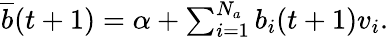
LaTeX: \begin{array}{r}{\overline{{b}}(t+1)=\alpha+\sum_{i=1}^{N_{a}}b_{i}(t+1)v_{i}.}\end{array}